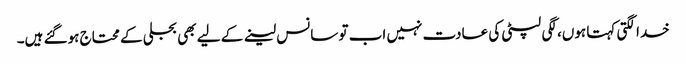
خدا لگتی کہتا ہوں، لگی لپٹی کی عادت نہیں اب تو سانس لینے کے لیے بھی بجلی کے محتاج ہوگئے ہیں‌۔